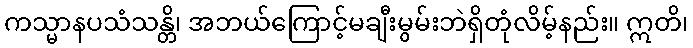
ကသ္မာနပသံသန္တိ၊ အဘယ်ကြောင့်မချီးမွမ်းဘဲရှိတုံလိမ့်နည်း။ ဣတိ၊